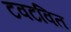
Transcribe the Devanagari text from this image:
टवटवित